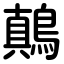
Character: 鷏